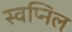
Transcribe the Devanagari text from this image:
स्‍वप्निल